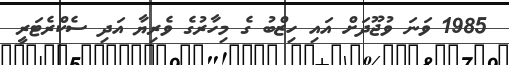
1985 ވަނަ ވުޖޫދަށް އައި ހިޒްބު ގެ މިހާރުގެ ވެރިޔާ އަދި ސެކްރެޓަރީ